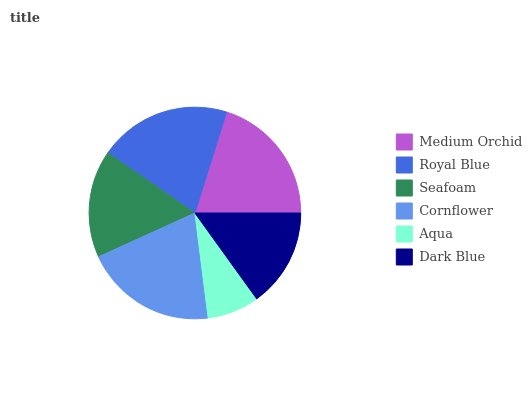
| Medium Orchid | Royal Blue | Seafoam | Cornflower | Aqua | Dark Blue |
 | --- | --- | --- | --- | --- | --- |
 | 20.2% | 20.2% | 16.4% | 20.2% | 7.94% | 15.1% |